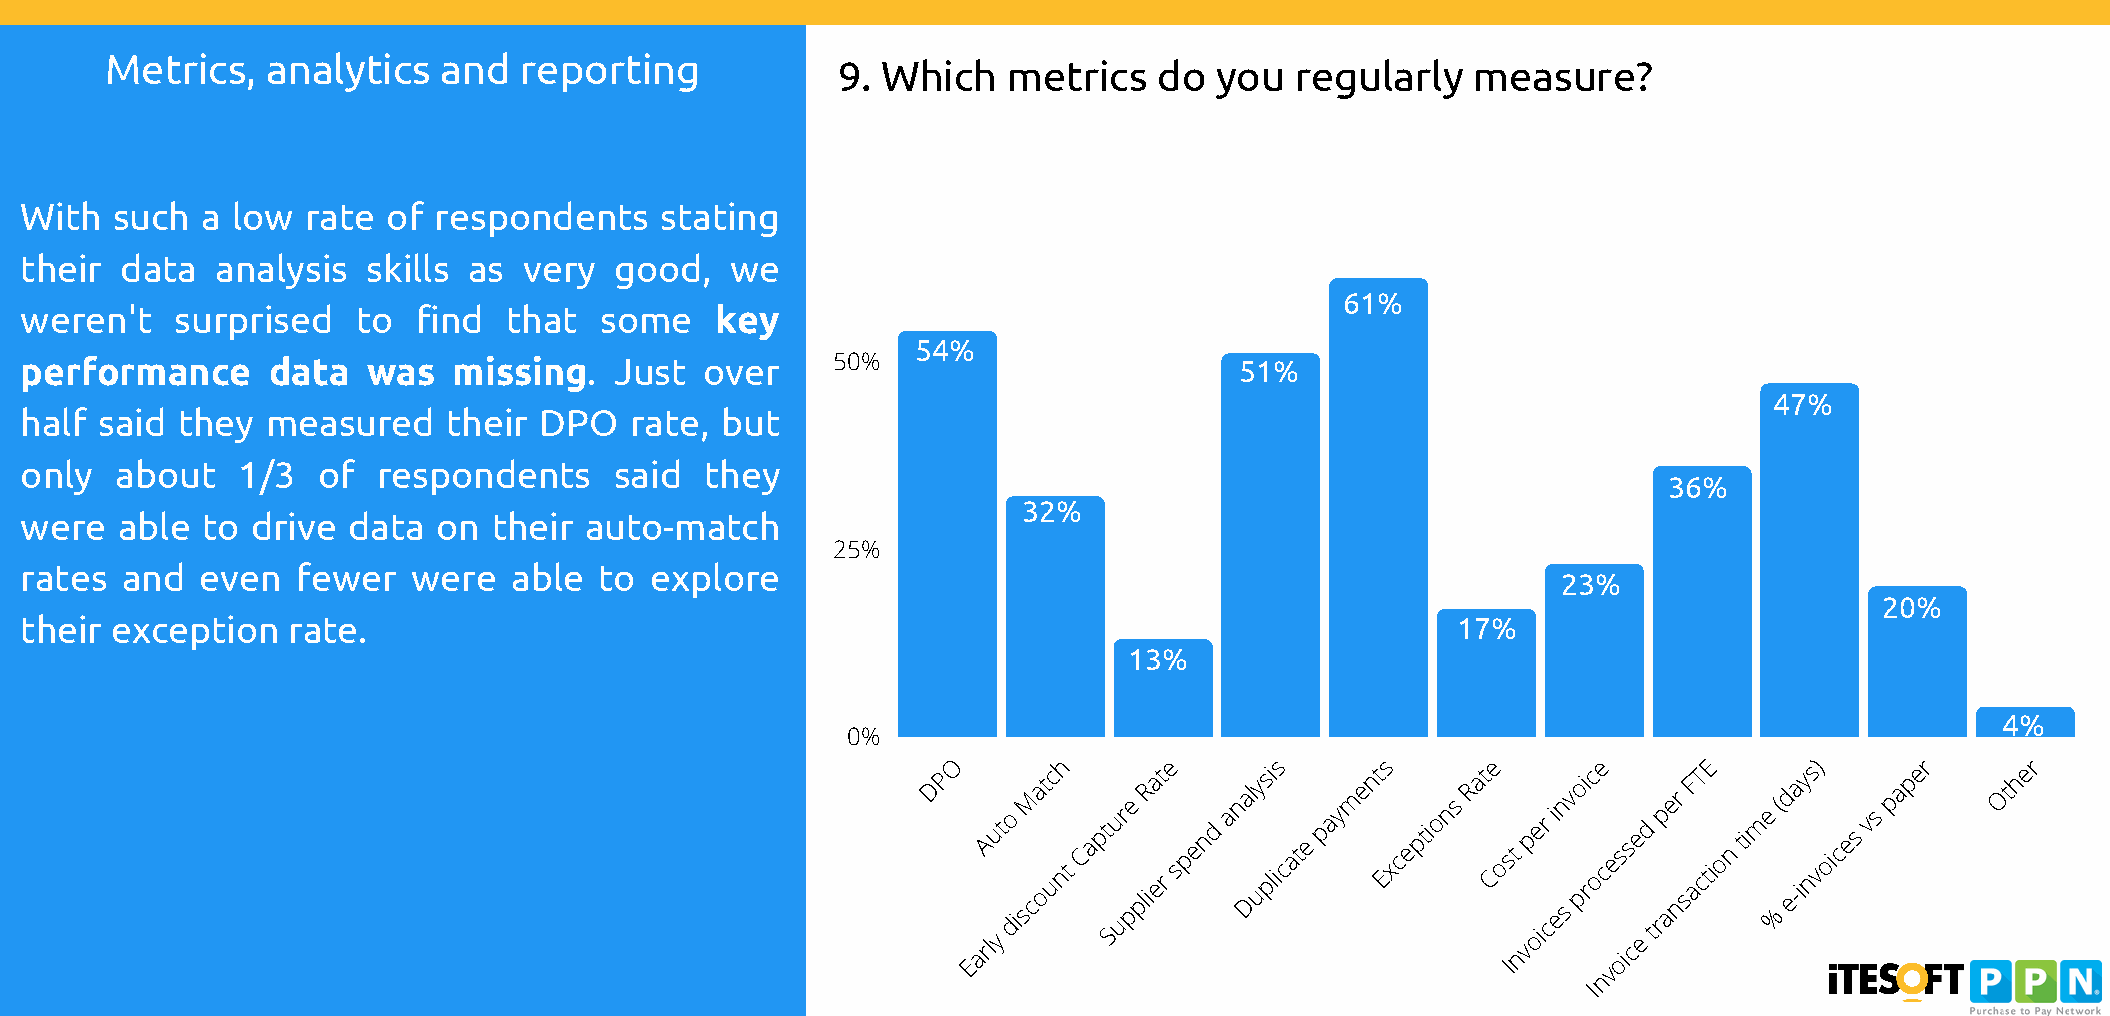
Metrics,   analytics  and  reporting
 9. Which    metrics   do you   regularly  measure?
 75%            48%
 47%
 With  such  a low  rate  of respondents    stating
 45%
 their  data  analysis  skills as  very  good,  we
 613%7%  37%
 weren't    surprised   to  find  that  some   key
 54%
 performance      data  was   missing.   Just  over    50%                        51%
 4278%%
 half said  they  measured    their DPO   rate, but
 only   about   1/3  of  respondents     said  they
 36%
 32%
 were   able to  drive data  on  their auto-match
 25%
 13%
 rates  and  even   fewer  were   able  to explore
 23%
 10%                  20%
 their exception   rate.                                                            8%          17%                                  8%
 13%
 4%
 0%
 DPO
 EarA lu yt o
 di
 sM ca ot uc nh
 t
 Capt Su ur
 pe plR ia et
 r
 e
 spend
 ana Dl uys pi lis
 cate
 paym ent Es xceptions Rat Ce
 o
 Ist
 n
 vp oe ir
 c
 i
 en
 s
 v poi rc oe
 c ve
 os is ce
 e
 d
 t
 rp
 ae nr sF aT ctE
 ion tim e
 %( d e-a iy ns v)
 oices vs
 paper  Other
 n
 I